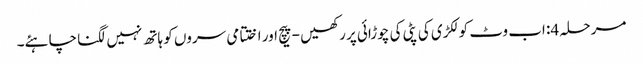
مرحلہ 4: اب وٹ کو لکڑی کی پٹی کی چوڑائی پر رکھیں - پیچ اور اختتامی سروں کو ہاتھ نہیں لگنا چاہئے۔